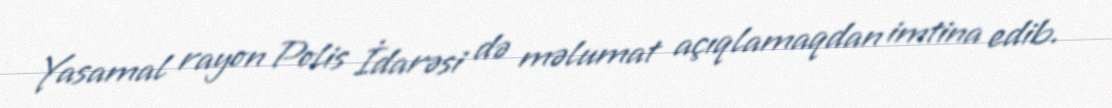
Yasamal rayon Polis İdarəsi də məlumat açıqlamaqdan imtina edib.